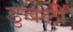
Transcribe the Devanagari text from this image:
डुबली